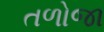
તળોજા